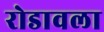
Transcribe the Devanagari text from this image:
रोडावला